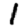
Digit: 1